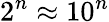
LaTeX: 2^{n}\approx 10^{n}